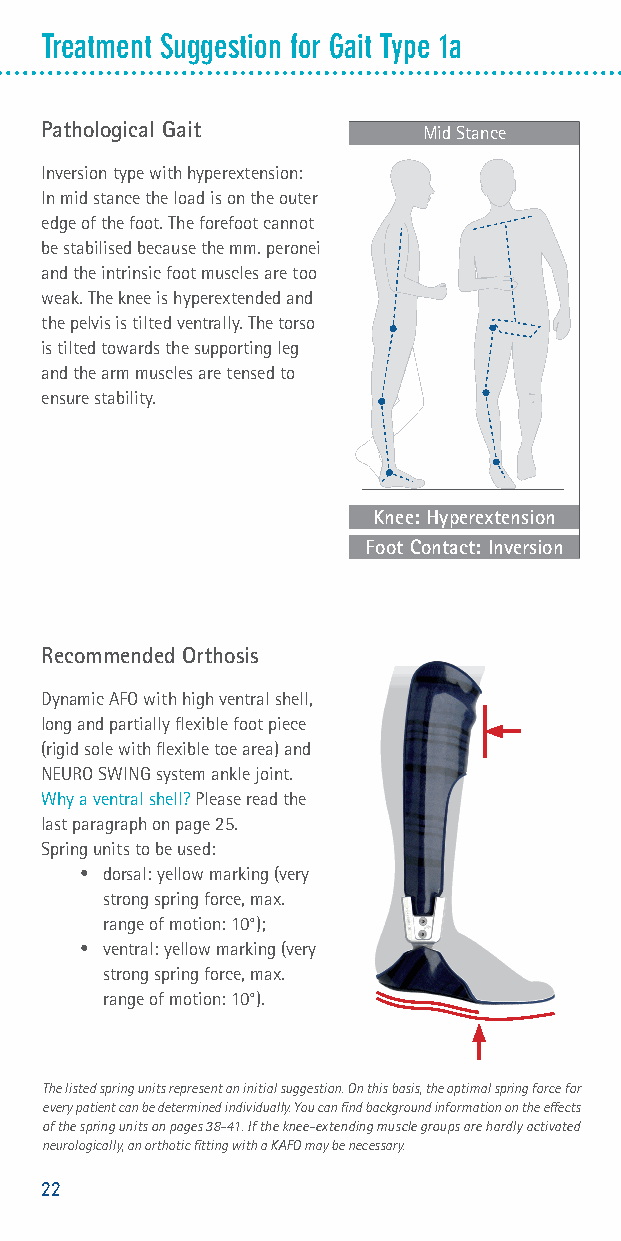
Treatment Suggestion for Gait Type 1a
 Pathological Gait        Mid Stance
 Inversion type with hyperextension:
 In mid stance the load is on the outer
 edge of the foot. The forefoot cannot
 be stabilised because the mm. peronei
 and the intrinsic foot muscles are too
 weak. The knee is hyperextended and
 the pelvis is tilted ventrally. The torso
 is tilted towards the supporting leg
 and the arm muscles are tensed to
 ensure stability.
 Knee: Hyperextension
 Foot Contact: Inversion
 Recommended Orthosis
 Dynamic AFO with high ventral shell,
 long and partially fl exible foot piece
 (rigid sole with fl exible toe area) and
 NEURO SWING system ankle joint.
 Why a ventral shell? Please read the
 last paragraph on page 25.
 Spring units to be used:
 • dorsal: yellow marking (very
 strong spring force, max.
 range of motion: 10°);
 • ventral: yellow marking (very
 strong spring force, max.
 range of motion: 10°).
 The listed spring units represent an initial suggestion. On this basis, the optimal spring force for
 every patient can be determined individually. You can fi nd background information on the eff ects
 of the spring units on pages 38-41. If the knee-extending muscle groups are hardly activated
 neurologically, an orthotic fi tting with a KAFO may be necessary.
 22
 Gangtyp 5 Gangtyp 4 Gangtyp 3 Gangtyp 2 Gangtyp 1
 Gangtyp 5 Gangtyp 4 Gangtyp 3 Gangtyp 2 Gangtyp 1